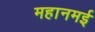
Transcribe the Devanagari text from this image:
महानमई